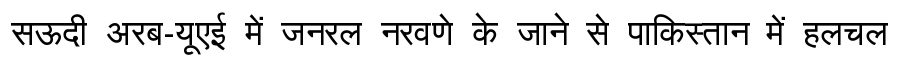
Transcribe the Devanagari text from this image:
सऊदी अरब-यूएई में जनरल नरवणे के जाने से पाकिस्तान में हलचल